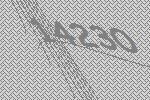
14230